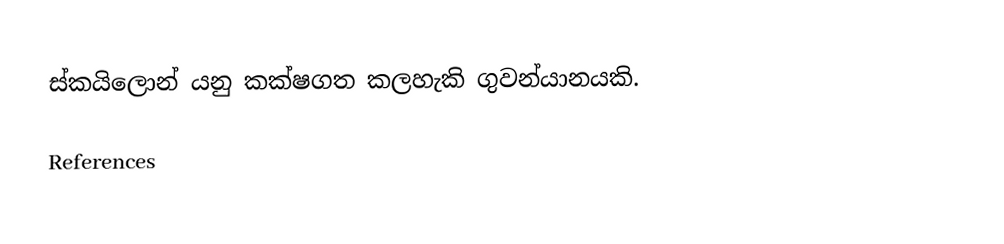
ස්කයිලොන් යනු කක්ෂගත කලහැකි ගුවන්යානයකි.

References